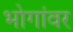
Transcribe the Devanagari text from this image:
भोगांवर